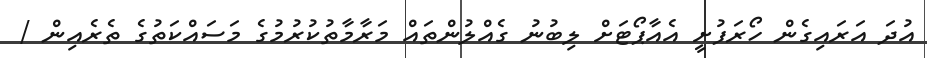
އުދަ އަރައިގެން ހޯރަފުށީ އެއާޕޯޓަށް ލިބުނު ގެއްލުންތައް މަރާމާތުކުރުމުގެ މަސައްކަތުގެ ތެރެއިން /